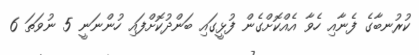
ކުރުނބާގެ ފެނާއި ހެވާ އެއްކޮށްގެން ފުޅީގައި ބަންދުކޮށްފައި ހުންނަނީ 5 ނުވަތަ 6